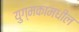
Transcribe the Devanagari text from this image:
युग्मकामधील